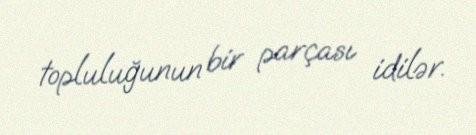
topluluğunun bir parçası idilər.